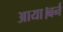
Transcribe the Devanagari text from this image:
आया।बर्न